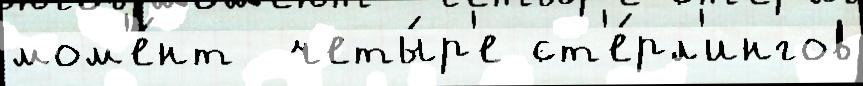
мом'е́нт  четы́р'е ст'е́рл'ингов